Indian journal of veterinary science and animal husbandry - Volumes 22-23, 1952-1953
Year: 1952
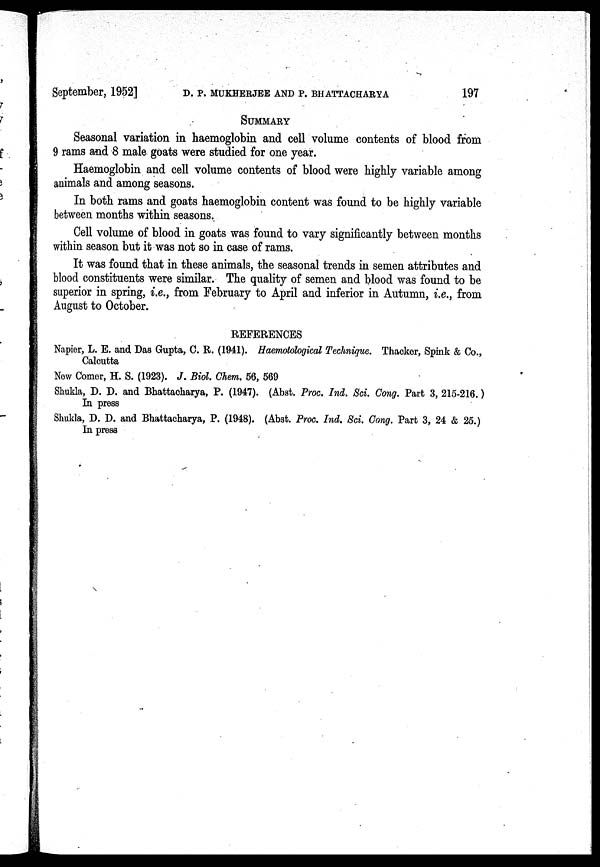
September, 1952] D. P. MUKHERJEE AND P. BHATTACHARYA 197
SUMMARY
Seasonal variation in haemoglobin and cell volume contents of blood from
9 rams and 8 male goats were studied for one year.
Haemoglobin and cell volume contents of blood were highly variable among
animals and among seasons.
In both rams and goats haemoglobin content was found to be highly variable
between months within seasons.
Cell volume of blood in goats was found to vary significantly between months
within season but it was not so in case of rams.
It was found that in these animals, the seasonal trends in semen attributes and
blood constituents were similar. The quality of semen and blood was found to be
superior in spring, i.e., from February to April and inferior in Autumn, i.e., from
August to October.
REFERENCES
Napier, L. E. and Das Gupta, C. R. (1941). Haemotological Technique. Thacker, Spink & Co.,
Calcutta
New Comer, H. S. (1923). J. Biol. Chem. 56, 569
Shukla, D. D. and Bhattacharya, P. (1947). (Abst. Proc. Ind. Sci. Cong. Part 3, 215-216.)
In press
Shukla, D. D. and Bhattacharya, P. (1948). (Abst. Proc. Ind. Sci. Cong. Part 3, 24 & 25.)
In press